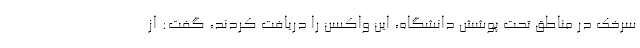
سرخک در مناطق تحت پوشش دانشگاه، این واکسن را دریافت کردند، گفت: از